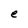
Character: e